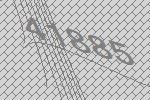
41885